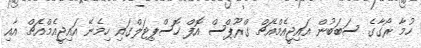
ހުމާ ރޯގާގެ ސަބަބުން އައިޖީއެމްއެޗް ގްރޫޕްސް އޮފް ހޮސްޕިޓަލްގައި ހިމެނޭ އައިޖީއެމްއެޗް އާއި